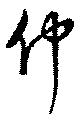
仲